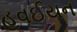
હવઈયન